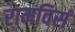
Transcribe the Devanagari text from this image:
रामविसं